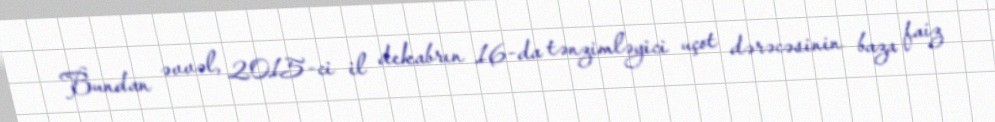
Bundan əvvəl, 2015-ci il dekabrın 16-da tənzimləyici uçot dərəcəsinin baza faiz